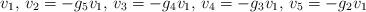
LaTeX: \begin{align*} v_1,\,v_2=-g_5v_1,\,v_3=-g_4v_1,\,v_4=-g_3v_1,\,v_5=-g_2v_1 \end{align*}